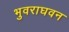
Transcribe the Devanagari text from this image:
भुवराघवन